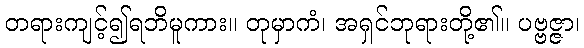
တရားကျင့်၍ရဘိမူကား။ တုမှာကံ၊ အရှင်ဘုရားတို့၏။ ပဗ္ဗဇ္ဇာ၊